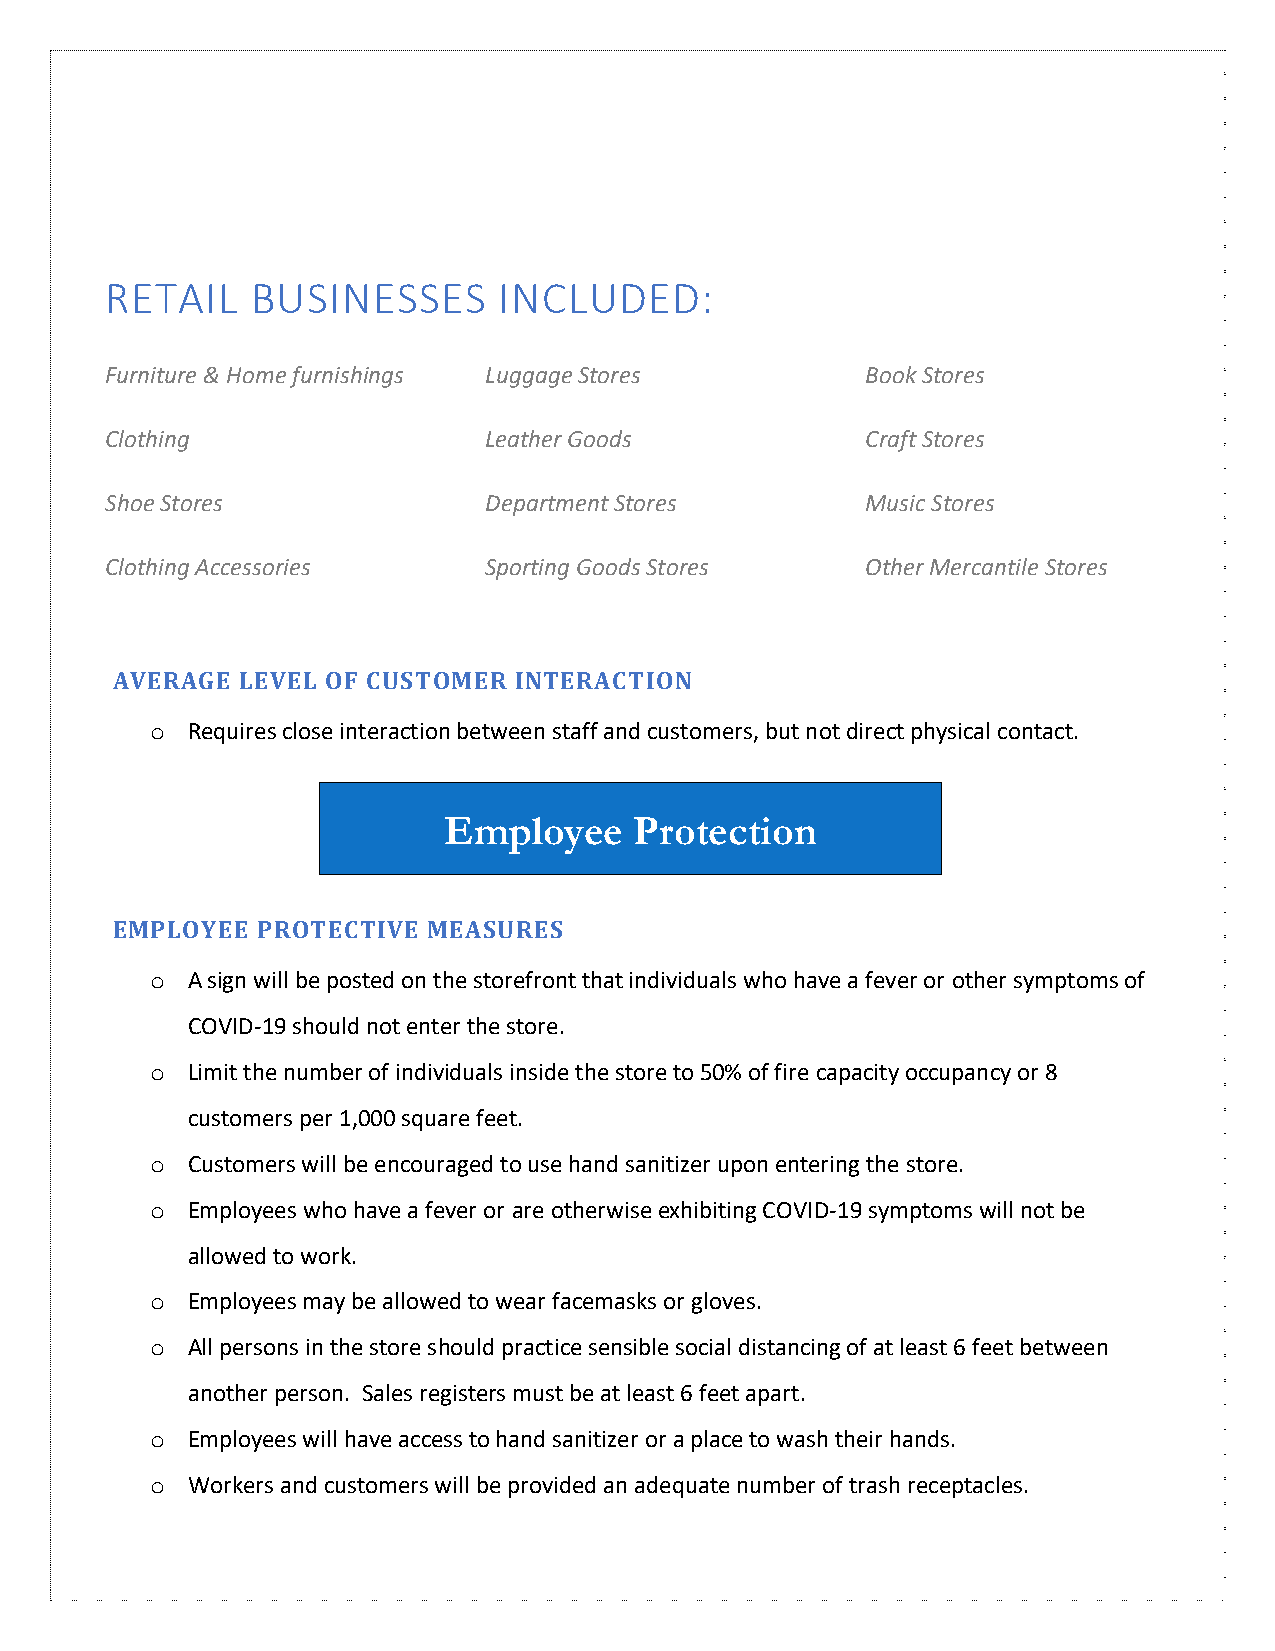
RETAIL    BUSINESSES      INCLUDED:
 Furniture & Home furnishings Luggage Stores       Book Stores
 Clothing                 Leather Goods            Craft Stores
 Shoe Stores              Department Stores        Music Stores
 Clothing Accessories     Sporting Goods Stores    Other Mercantile Stores
 AVERAGE  LEVEL OF CUSTOMER INTERACTION
 o Requires close interaction between staff and customers, but not direct physical contact.
 Employee     Protection
 EMPLOYEE  PROTE CTIVE MEASURES
 o A sign will be posted on the storefront that individuals who have a fever or other symptoms of
 COVID-19 should not enter the store.
 o Limit the number of individuals inside the store to 50% of fire capacity occupancy or 8
 customers per 1,000 square feet.
 o Customers will be encouraged to use hand sanitizer upon entering the store.
 o Employees who have a fever or are otherwise exhibiting COVID-19 symptoms will not be
 allowed to work.
 o Employees may be allowed to wear facemasks or gloves.
 o All persons in the store should practice sensible social distancing of at least 6 feet between
 another person. Sales registers must be at least 6 feet apart.
 o Employees will have access to hand sanitizer or a place to wash their hands.
 o Workers and customers will be provided an adequate number of trash receptacles.